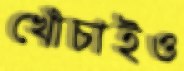
খোঁচাইও